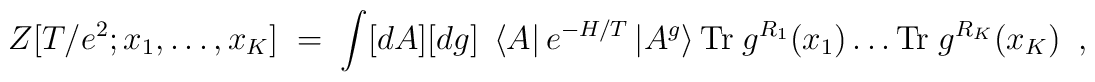
Z[T/e^2;x_1,\ldots,x_K] \; = \; \int[dA][dg]~\left<A\right| e^{-H/T}\left|A^g\right> {\rm Tr}~g^{ R_1}(x_1)\ldots {\rm Tr}~g^{ R_K}(x_K)~~,